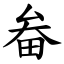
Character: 畚